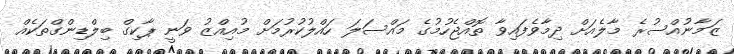
ޒަމާނުއްސުރެ މާލެއަށް ދިމާވެފައިވާ ތޮއްޖެހުމުގެ މައްސަލަ ހައްލުކުރުމަށް މުއިއްޒު ވަނީ ޕާކިގް ބިލްޑިންގްތަކެއް